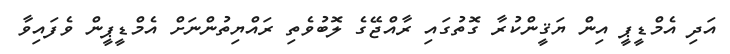
އަދި އެމްޑީޕީ އިން ޔަޤީންކުރާ ގޮތުގައި ރާއްޖޭގެ ލޮބުވެތި ރައްޔިތުންނަށް އެމްޑީޕީން ވެފައިވާ